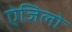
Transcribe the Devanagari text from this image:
ऐजिलो